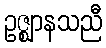
ဥဇ္ဈာနသညီ